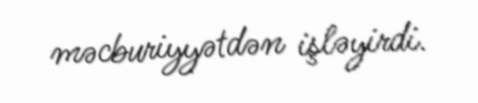
məcburiyyətdən işləyirdi.